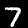
Digit: 7